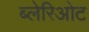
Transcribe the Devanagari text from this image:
ब्लेरिओट